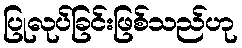
ပြုလုပ်ခြင်းဖြစ်သည်ဟု